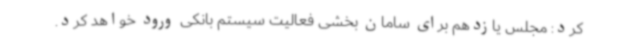
کرد: مجلس یازدهم برای سامان بخشی فعالیت سیستم بانکی ورود خواهد کرد.